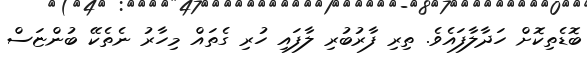
ބޮޑެތިކޮށް ހަދާލާފައެވެ. ތިރި ފާރުބުރި ލާފައި ހުރި ގެތައް މިހާރު ނެތެކޭ ބުންޏަސް